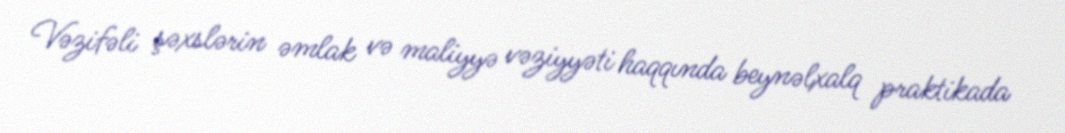
Vəzifəli şəxslərin əmlak və maliyyə vəziyyəti haqqında beynəlxalq praktikada